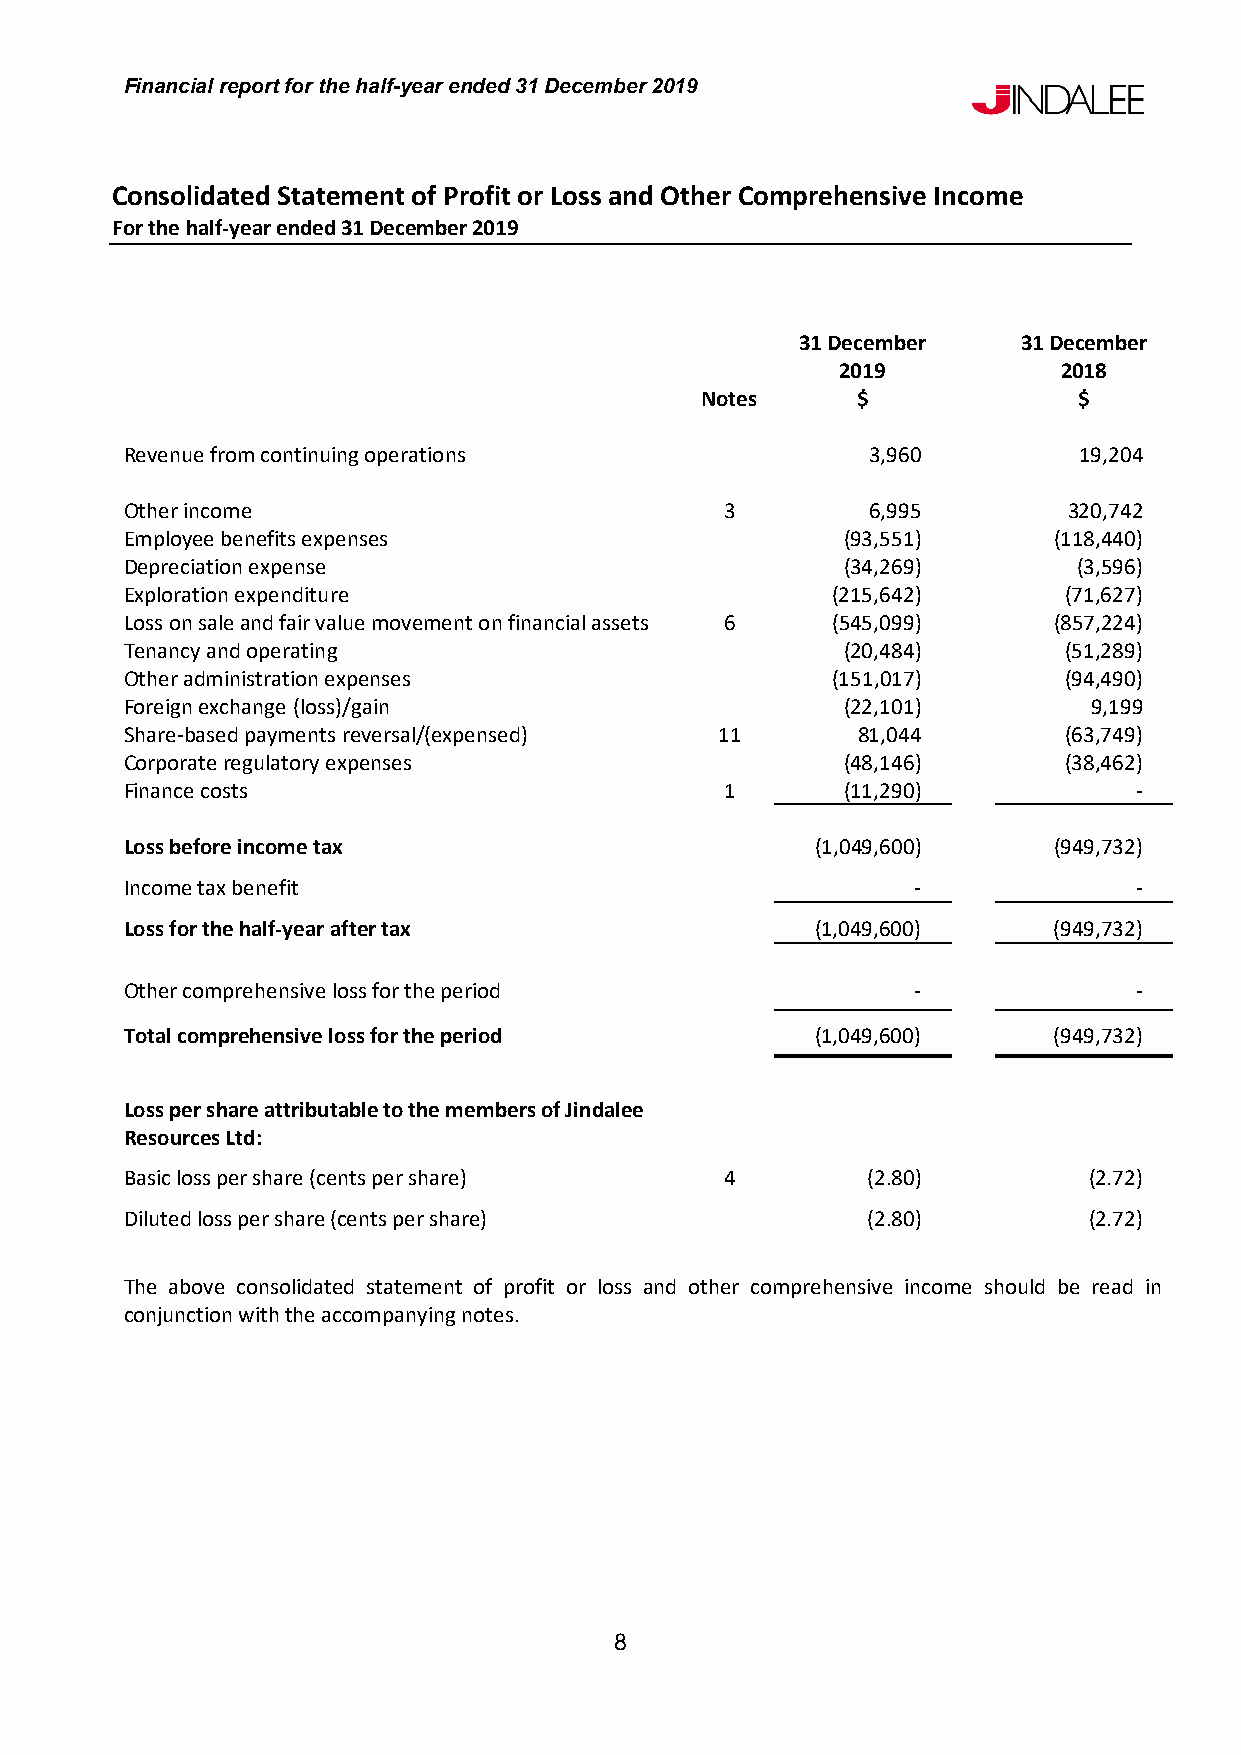
Financial report for the half-year ended 31 December 2019
 Consolidated Statement of Profit or Loss and Other Comprehensive Income
 For the half-year ended 31 December 2019
 31 December    31 December
 2019          2018
 Notes      $             $
 Revenue from continuing operations                3,960        19,204
 Other income                            3         6,995        320,742
 Employee benefits expenses                      (93,551)      (118,440)
 Depreciation expense                            (34,269)       (3,596)
 Exploration expenditure                        (215,642)      (71,627)
 Loss on sale and fair value movement on financial assets 6 (545,099) (857,224)
 Tenancy and operating                           (20,484)      (51,289)
 Other administration expenses                  (151,017)      (94,490)
 Foreign exchange (loss)/gain                    (22,101)        9,199
 Share-based payments reversal/(expensed) 11      81,044       (63,749)
 Corporate regulatory expenses                   (48,146)      (38,462)
 Finance costs                           1       (11,290)           -
 Loss before income tax                        (1,049,600)     (949,732)
 Income tax benefit                                  -              -
 Loss for the half-year after tax              (1,049,600)     (949,732)
 Other comprehensive loss for the period             -              -
 Total comprehensive loss for the period       (1,049,600)     (949,732)
 Loss per share attributable to the members of Jindalee
 Resources Ltd:
 Basic loss per share (cents per share)  4        (2.80)         (2.72)
 Diluted loss per share (cents per share)         (2.80)         (2.72)
 The above consolidated statement of profit or loss and other comprehensive income should be read in
 conjunction with the accompanying notes.
 8